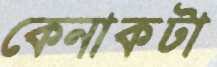
কেনাকটা